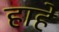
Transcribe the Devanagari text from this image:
हाहे